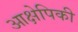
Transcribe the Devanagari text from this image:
आक्षेपिकी